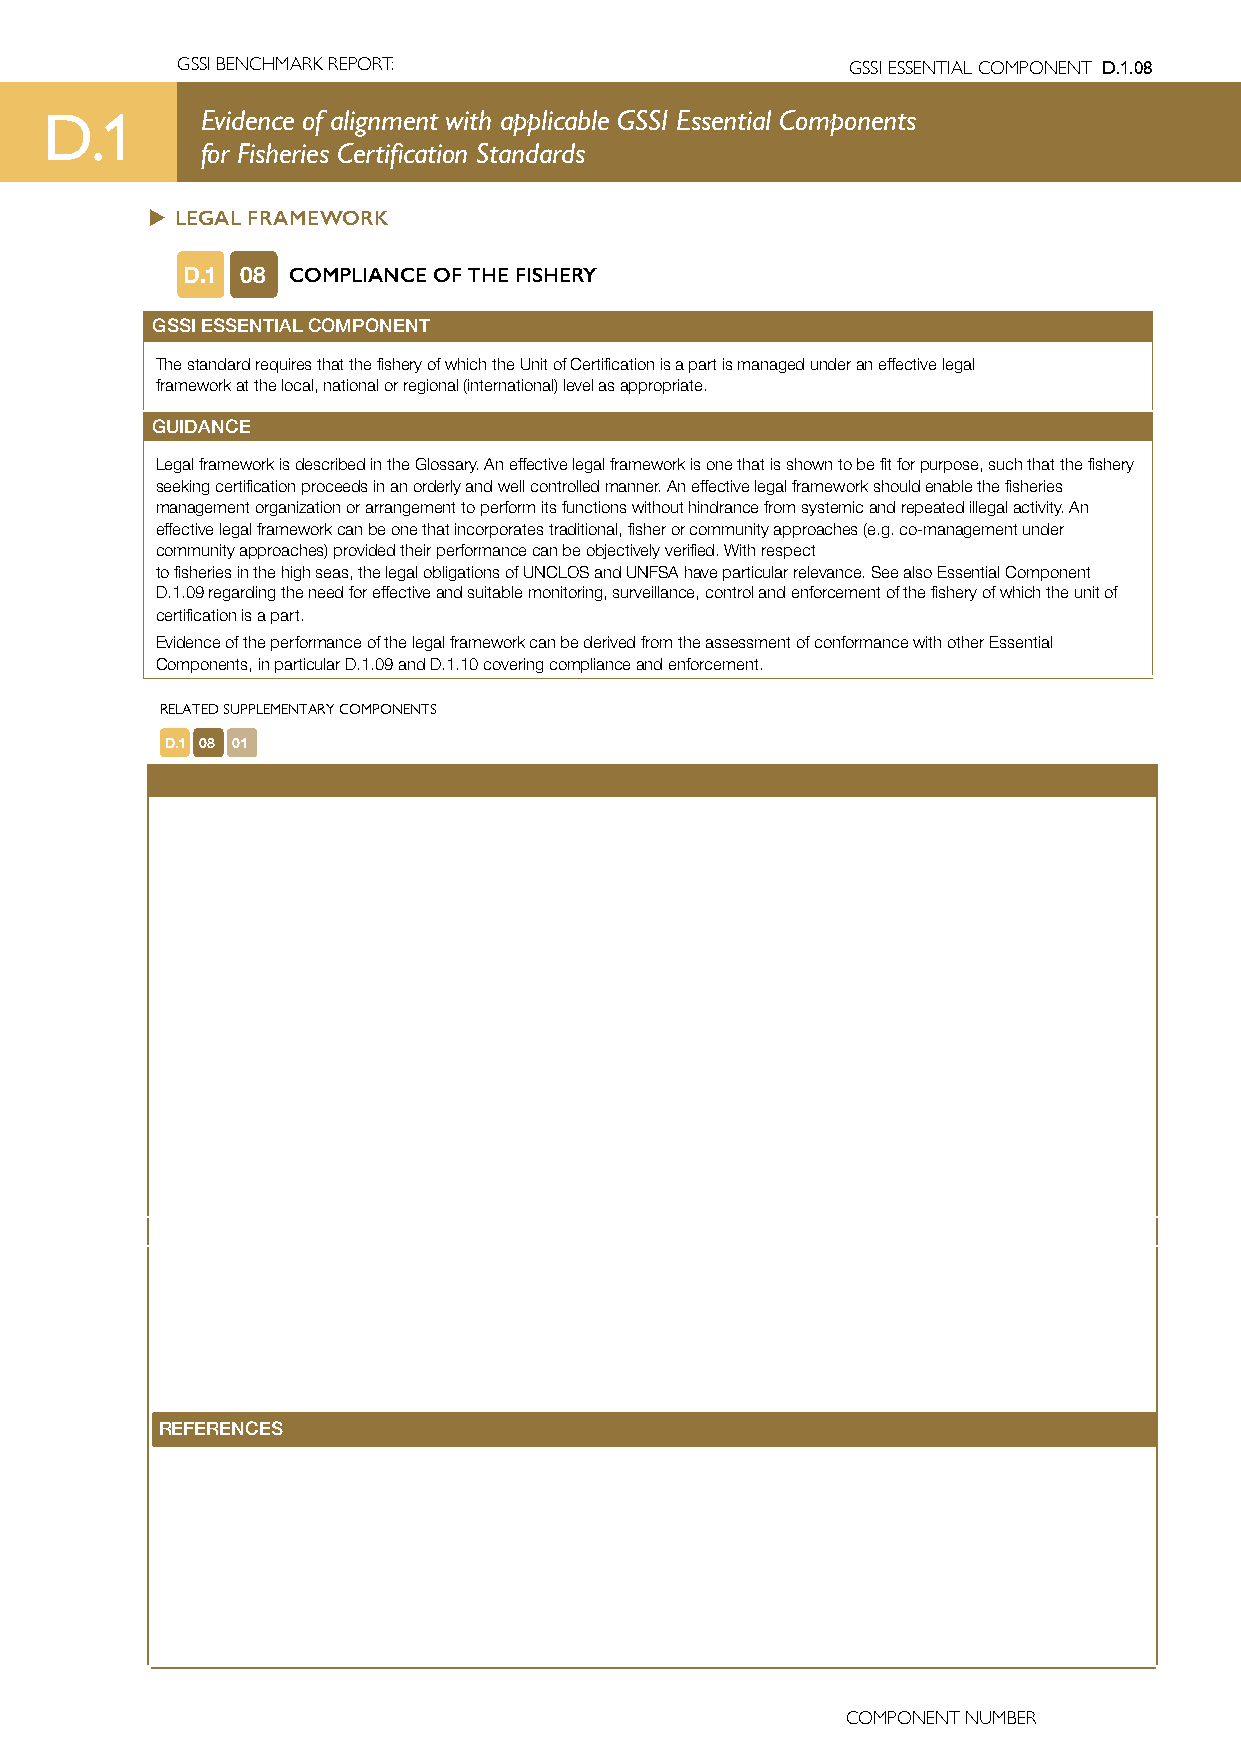
GSSI BENCHMARK REPORT:                      GSSI ESSENTIAL COMPONENT D.1.08
 D.1       Evidence of alignment with applicable GSSI Essential Components
 for Fisheries Certification Standards
 u LEGAL FRAMEWORK
 D.1 08 COMPLIANCE OF THE FISHERY
 GSSI ESSENTIAL COMPONENT
 The standard requires that the fishery of which the Unit of Certification is a part is managed under an effective legal
 framework at the local, national or regional (international) level as appropriate.
 GUIDANCE
 Legal framework is described in the Glossary. An effective legal framework is one that is shown to be fit for purpose, such that the fishery
 seeking certification proceeds in an orderly and well controlled manner. An effective legal framework should enable the fisheries
 management organization or arrangement to perform its functions without hindrance from systemic and repeated illegal activity. An
 effective legal framework can be one that incorporates traditional, fisher or community approaches (e.g. co-management under
 community approaches) provided their performance can be objectively verified. With respect
 to fisheries in the high seas, the legal obligations of UNCLOS and UNFSA have particular relevance. See also Essential Component
 D.1.09 regarding the need for effective and suitable monitoring, surveillance, control and enforcement of the fishery of which the unit of
 certification is a part.
 Evidence of the performance of the legal framework can be derived from the assessment of conformance with other Essential
 Components, in particular D.1.09 and D.1.10 covering compliance and enforcement.
 RELATED SUPPLEMENTARY COMPONENTS
 D.1 08 01
 REFERENCES
 COMPONENT NUMBER